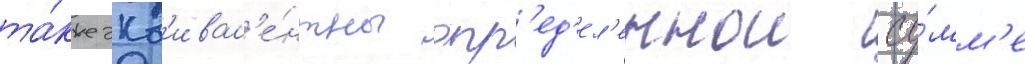
та́кже экв'ивал'е́нтны опр'ед'ел'еннои су́мм'е